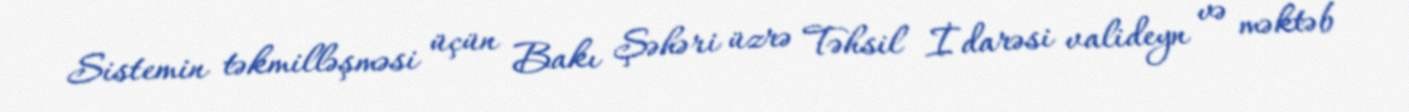
Sistemin təkmilləşməsi üçün Bakı Şəhəri üzrə Təhsil İdarəsi valideyn və məktəb